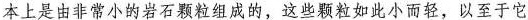
本上是由非常小的岩石颗粒组成的，这些颗粒如此小而轻，以至于它